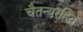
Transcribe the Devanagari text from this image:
चैतन्यरहित